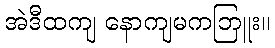
အဲဒီထကျ နောကျမကဘြူး။